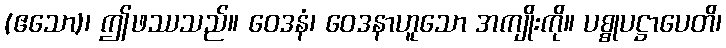
(ဧသော)၊ ဤဖဿသည်။ ဝေဒနံ၊ ဝေဒနာဟူသော အကျိုးကို။ ပစ္စုပဋ္ဌာပေတိ၊